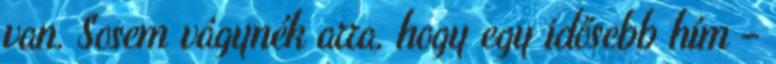
van. Sosem vágynék arra, hogy egy idősebb hím –